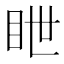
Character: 𥅋